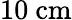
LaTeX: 10~\textrm{cm}